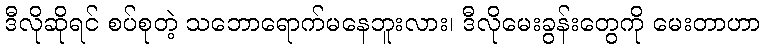
ဒီလိုဆိုရင် စပ်စုတဲ့ သဘောရောက်မနေဘူးလား၊ ဒီလိုမေးခွန်းတွေကို မေးတာဟာ